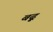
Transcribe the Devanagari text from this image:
बढ़ूं